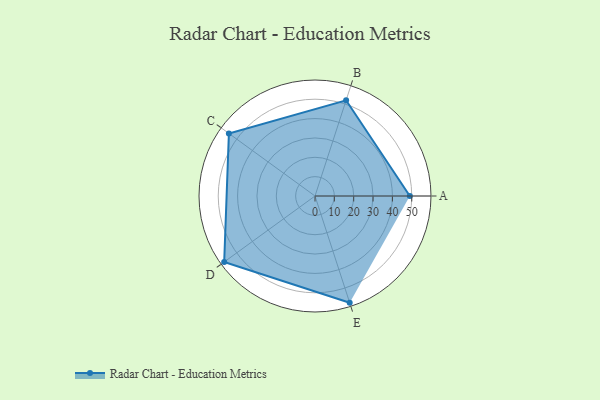
{"axis": {"x": "Skill", "y": "Score"}, "legend": ["Profile"], "data": [{"x": "A", "y": 49.0, "type": "Profile"}, {"x": "B", "y": 52.0, "type": "Profile"}, {"x": "C", "y": 55.0, "type": "Profile"}, {"x": "D", "y": 58.0, "type": "Profile"}, {"x": "E", "y": 58.0, "type": "Profile"}]}